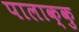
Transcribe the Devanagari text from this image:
पालाक्कु